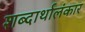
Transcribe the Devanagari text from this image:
शब्दार्थालंकार